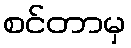
စင်တာမှ